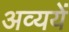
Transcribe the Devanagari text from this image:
अव्ययें